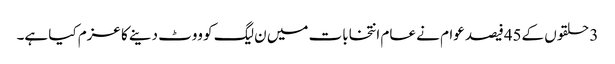
3 حلقوں کے45فیصد عوام نے عام انتخابات میں ن لیگ کو ووٹ دینے کا عزم کیا ہے۔